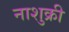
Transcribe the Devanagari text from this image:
नाशुक्री